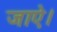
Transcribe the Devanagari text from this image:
जाऐ।